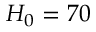
H _ { 0 } = 7 0